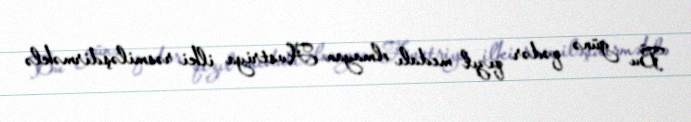
Bu günə qədər qızıl medalı olmayan Avstriya ilki rəsmiləşdirməklə